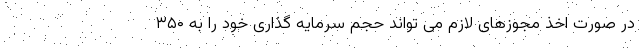
در صورت اخذ مجوزهای لازم می تواند حجم سرمایه گذاری خود را به ۳۵۰